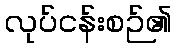
လုပ်ငန်းစဉ်၏